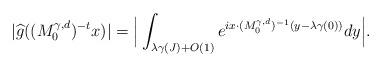
LaTeX: \begin{align*} |\widehat{g}((M^{\gamma,d}_{0})^{-t} x)| = \Big|\int_{\lambda\gamma(J)+O(1)} e^{i x \cdot (M^{\gamma,d}_{0})^{-1}(y-\lambda\gamma(0))} dy \Big|. \end{align*}